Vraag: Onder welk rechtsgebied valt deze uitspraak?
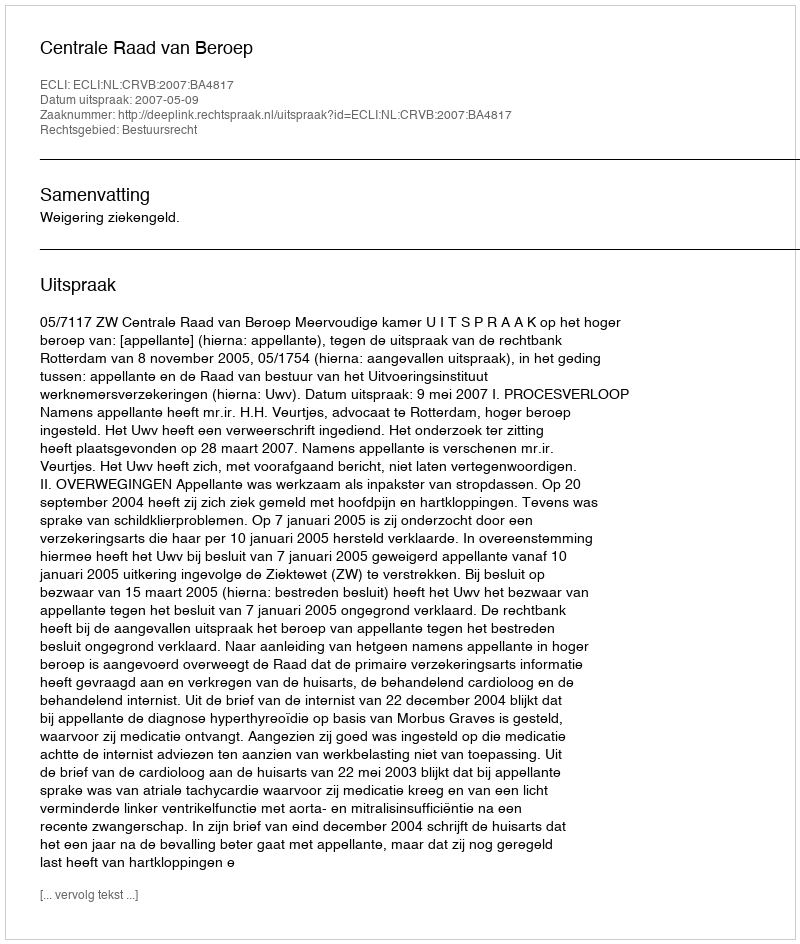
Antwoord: Bestuursrecht